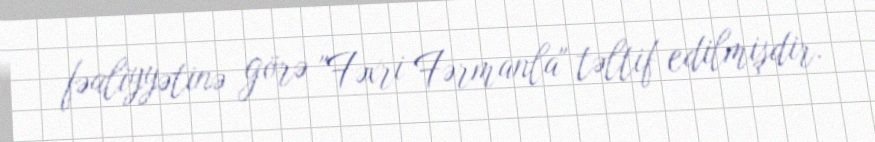
fəaliyyətinə görə "Fəxri Fərmanla" təltif edilmişdir.